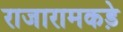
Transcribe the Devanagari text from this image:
राजारामकड़े